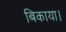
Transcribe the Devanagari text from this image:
बिकाया।